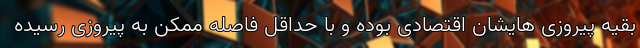
بقیه پیروزی هایشان اقتصادی بوده و با حداقل فاصله ممکن به پیروزی رسیده